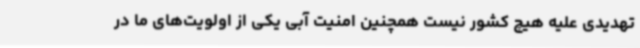
تهدیدی علیه هیچ کشور نیست همچنین امنیت آبی یکی از اولویت‌های ما در